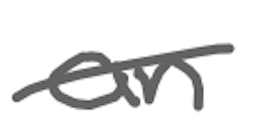
Text: an
Cross-out: single-line
Writing tool: digital_gray